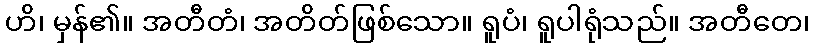
ဟိ၊ မှန်၏။ အတီတံ၊ အတိတ်ဖြစ်သော။ ရူပံ၊ ရူပါရုံသည်။ အတီတေ၊